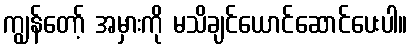
ကျွန်တော့် အမှားကို မသိချင်ယောင်ဆောင်ပေးပါ။